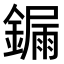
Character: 𨫒